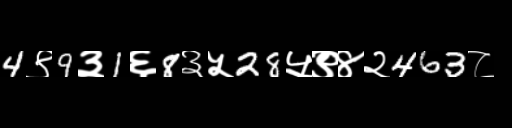
Text: 4९9३1६8३५28५९४२463८